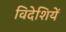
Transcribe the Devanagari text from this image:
विदेशियें